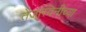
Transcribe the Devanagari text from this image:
तेजस्विनीच्या